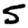
Digit: 5